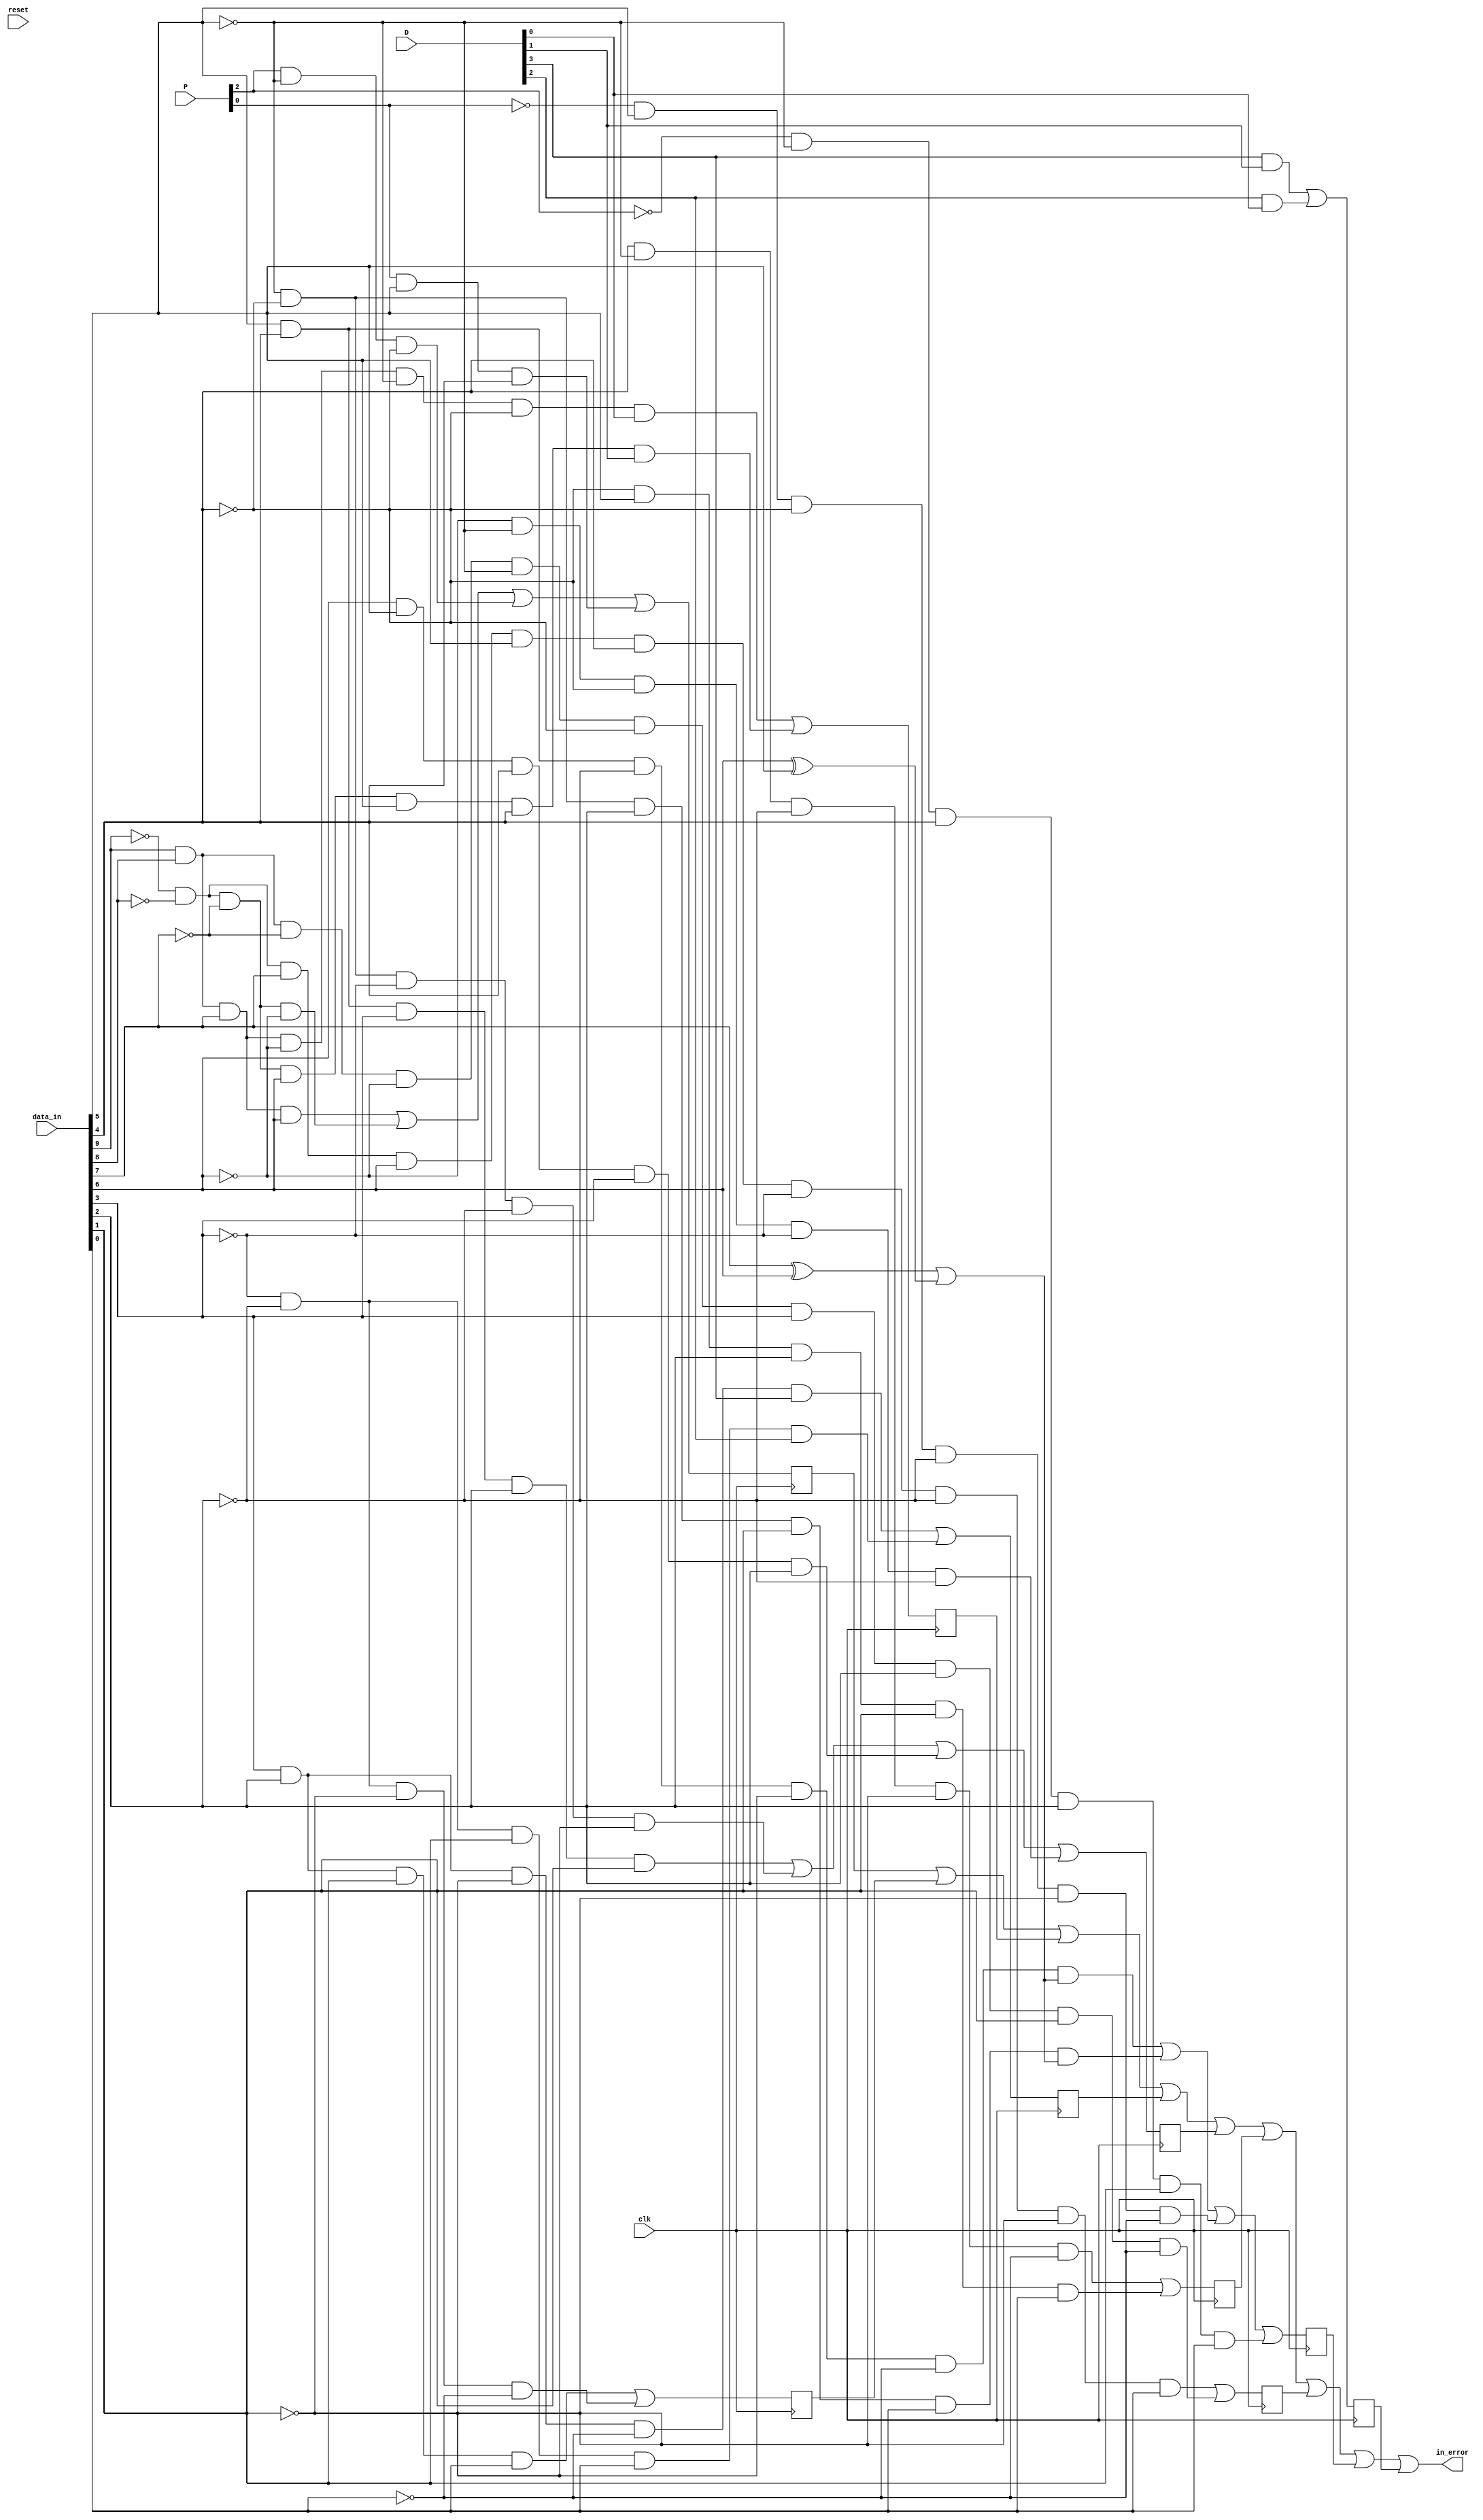
module inCheck(
    input clk, 
    input reset,
    input [9:0] data_in,
    input [2:0] P,
    input [3:0] D,
    output in_error
    );
    
    wire a, b, c, d, e, i, f, g, h, j;
    assign {a, b, c, d, e, i, f, g, h, j} = data_in;
    wire P13, P22, P31, PD0S6, ND0S6, PD0S4, ND0S4; 
    assign {P13, P22, P31} = P;
    assign {PD0S6, ND0S6, PD0S4, ND0S4} = D;
    
    // All invalid input cases
    reg case1, case2, case3, case4, case5, case6, case7, case8, case9; 
    always @(posedge clk) 
    begin
        // These cover all +6, +4 disparity cases in 6B/5B
        case1 = (a & b & c & d) | (~a & ~b & ~c & ~d) | (P13 & ~e & ~i) | (P31 & e & i);
        // These cover all +4 disparity cases in 4B/3B
        case2 = (f & g & h & j) | (~f & ~g & ~h & ~j);
        // These cover all cases of run-length 6 (D.7)
        case3 = (a & b & c & ~d & ~e & ~i & ND0S4) | (~a & ~b & ~c & d & e & i & PD0S4);
        // These cover all cases of run-length 6 (D.x.3)
        case4 = (f & g & ~h & ~j & PD0S6) | (~f & ~g & h & j & ND0S6);
        // These cover all cases of run-length 5
        case5 = (e & i & f & g & h) | (~e & ~i & ~f & ~g & ~h) | 
                (d & e & i & f & g) | (~d & ~e & ~i & ~f & ~g) ;
        // These cover all anti-case of run-length 5
        case6 = (i & ~e & ~g & ~h & ~j) | (~i & e & g & h & j);
        // These are the 2 samples that are not covered by equations
        case7 = (~a & ~b & c & d & e & i & ~f & ~g & ~h & j) |
                (a & b & ~c & ~d & ~e & ~i & f & g & h & ~j) ;
        // Do not know why but it is what it is 
        case8 = ((e & i & ~g & ~h & ~j) & ((c ^ d) | (d ^ e))) |
                ((~e & ~i & g & h & j) & ((c ^ d) | (d ^ e))) |
                (~P31 & e & ~i & ~g & ~h & ~j) | (~P13 & ~e & i & g & h & j) ;
        // These cover all cases +4 or -4 total disparity
        case9 = (PD0S6 & PD0S4) | (ND0S6 & ND0S4) ;
    end
    
    assign in_error = case1 | case2 | case3 | case4 | case5 
                    | case6 | case7 | case8 | case9;
endmodule